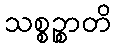
သစ္စဉ္စာတိ